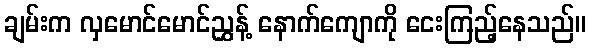
ချမ်းက လှမောင်မောင်ညွှန့် နောက်ကျောကို ငေးကြည့်နေသည်။